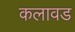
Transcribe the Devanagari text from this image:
कलावड